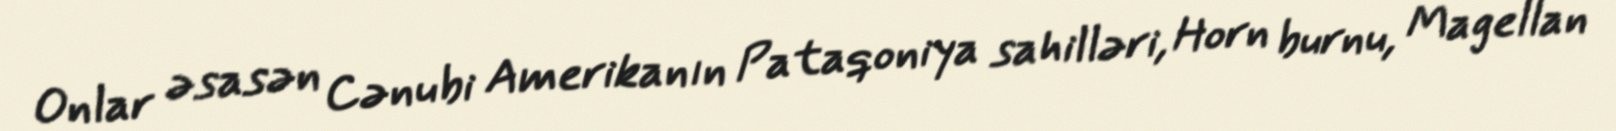
Onlar əsasən Cənubi Amerikanın Pataqoniya sahilləri, Horn burnu, Magellan